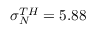
\sigma _ { N } ^ { T H } = 5 . 8 8